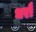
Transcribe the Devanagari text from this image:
धरौ